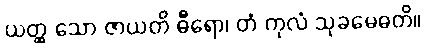
ယတ္ထ သော ဇာယတိ ဓီရော၊ တံ ကုလံ သုခမေဓတိ။